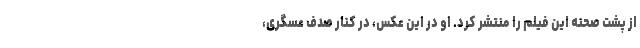
از پشت صحنه این فیلم را منتشر کرد. او در این عکس، در کنار صدف عسگری،